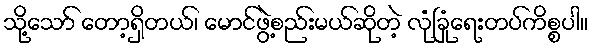
သို့သော် တော့ရှိတယ်၊ မောင်ဖွဲ့စည်းမယ်ဆိုတဲ့ လုံခြုံရေးတပ်ကိစ္စပါ။